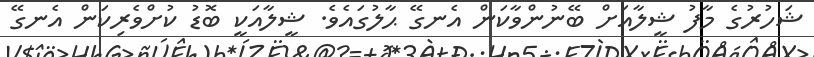
ޝަހުރުގެ މާފު ޝީލާއަށް ބޭނުންވާކަން އެނގޭ ޙާލުގައެވެ. ޝީލާއަކީ ބޮޑު ކުށްވެރިކަން އެނގޭ